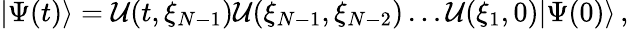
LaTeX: |\Psi(t)\rangle={\cal U}(t,\xi_{N-1}){\cal U}(\xi_{N-1},\xi_{N-2})\dots{\cal U}(\xi_{1},0)|\Psi(0)\rangle\, ,